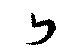
片